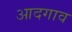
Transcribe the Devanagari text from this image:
आदगाव